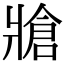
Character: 牄